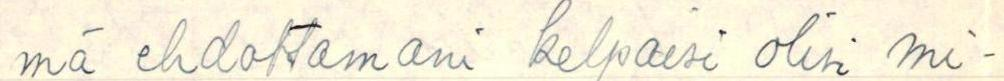
mä ehdottamani kelpaisi olisi mi-